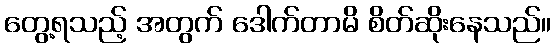
တွေ့ရသည့် အတွက် ဒေါက်တာမိ စိတ်ဆိုးနေသည်။